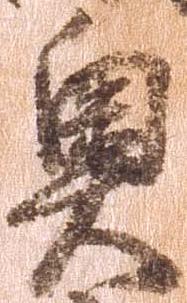
奥